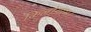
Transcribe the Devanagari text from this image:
किलोग्राम।